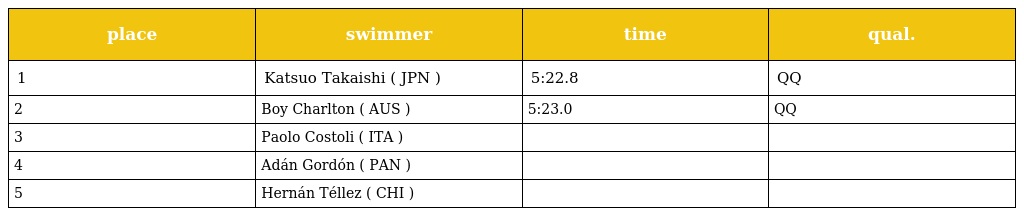
| place | swimmer | time | qual. |
 | --- | --- | --- | --- |
 | 1 | Katsuo Takaishi ( JPN ) | 5:22.8 | QQ |
 | 2 | Boy Charlton ( AUS ) | 5:23.0 | QQ |
 | 3 | Paolo Costoli ( ITA ) |  |  |
 | 4 | Adán Gordón ( PAN ) |  |  |
 | 5 | Hernán Téllez ( CHI ) |  |  |